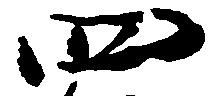
四